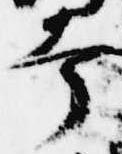
幸